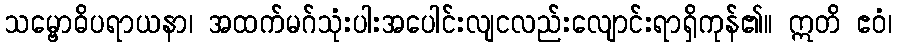
သမ္ဗောဓိပရာယနာ၊ အထက်မဂ်သုံးပါးအပေါင်းလျငလည်းလျောင်းရာရှိကုန်၏။ ဣတိ ဧဝံ၊